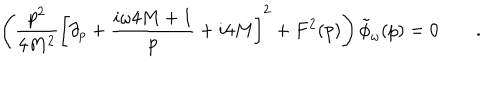
\left( { \frac { p ^ { 2 } } { 4 M ^ { 2 } } } \left[ \partial _ { p } + { \frac { i \omega 4 M + 1 } { p } } + i 4 M \right] ^ { 2 } + F ^ { 2 } ( p ) \right) \tilde { \phi } _ { \omega } ( p ) = 0 \qquad .